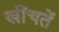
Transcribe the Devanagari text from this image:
खींचतें